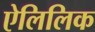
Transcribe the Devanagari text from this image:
ऐलिलिक